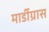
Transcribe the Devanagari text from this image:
मार्डीग्रास